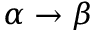
\alpha \rightarrow \beta